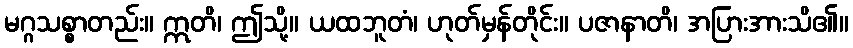
မဂ္ဂသစ္စာတည်း။ ဣတိ၊ ဤသို့။ ယထဘူတံ၊ ဟုတ်မှန်တိုင်း။ ပဇာနာတိ၊ အပြားအားသိ၏။